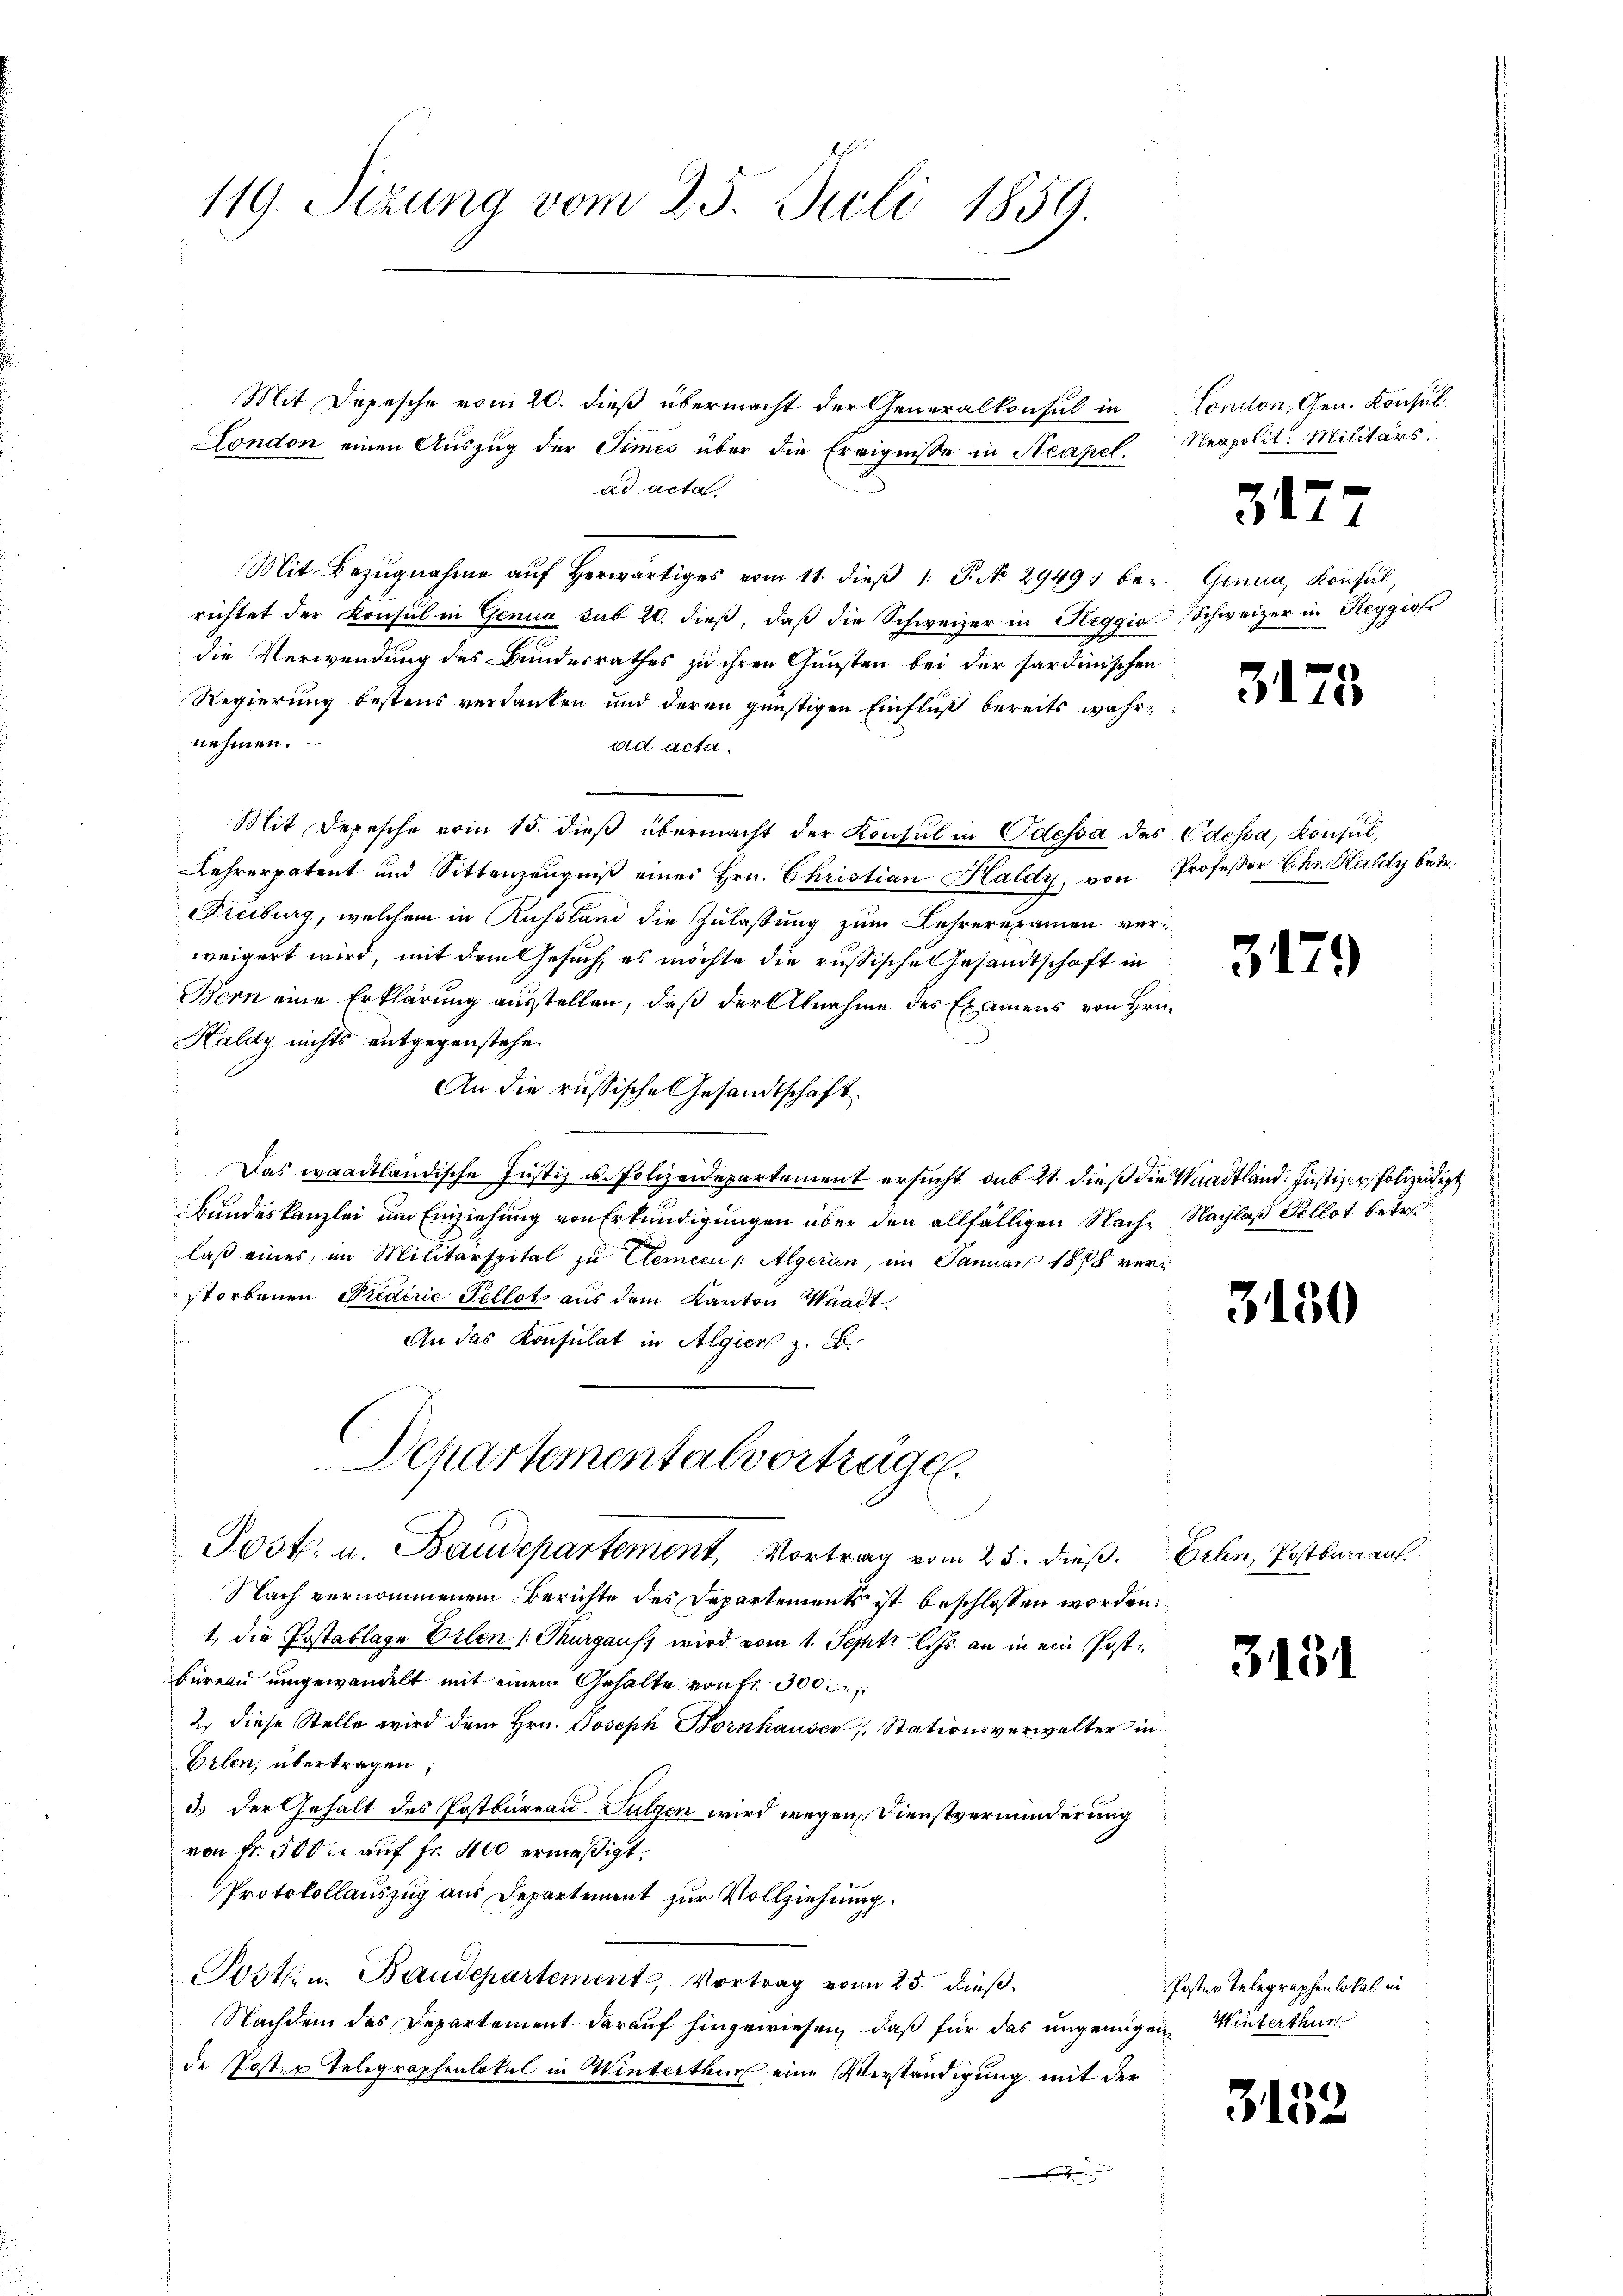
119. Sezung vom 25. Juli 1859.

Mit Depesche vom 20. dieß übermacht der Generalkonsul in
London einen Auszug der Times über die Ereignisse in Neapel.
ad acta
Mit Bezugnahme aŭf herwärtiges vom 11. dieβ 1. P. No 2949 bei. Genau, Konsul,
richtet der Konsul in Genua sub 20. dieß, daß die Schweizer in Reggio
die Verwendung des Bundesrathes zu ihren Gunsten bei der sardinischen
Regierung bestens verdanken und deren günstigen Einfluß bereits wahrnehmen.
ad acta.
Mit Depesche vom 15. dieß übermacht der Konsul in Odessa das Odessa, Konsul,
Lehrerpatent und Sittenzeugniß eines Hrn. Christian Haldy, von
reiburg, welchem in Russland die Zulaßung zum Lehrerexamen verweigert wird, mit dem Gesuch, es möchte die russische Gesandtschaft in
Bern eine Erklärung ausstellen, daß der Abnahme des Examens von Hr.
Kaldy nichts entgegenstehe.
An die russische Gesandtschaft.
Das waadtländische Justiz u. Polizeidepartement ersucht, sub 21. dieß die Waadtländ. Justizen, Polizeidigt
Bundeskanzlei um Einziehung von Erkundigungen über den allfälligen Nach Nachlaß Kellot betret
laß eines, im Militärspital zu Clemeen / Algerien, im Januar 1888 verstorbenen Predirić Pellot aus dem Kanton Waadt
An das Konsulat in Algier z. B.
Departementalvortragen.
Post. u. Baudepartemont, Vortrag vom 25. dieß.
Nach vernommenem Berichte des Departements ist beschlossen worden
1. die Postablage Erlen (Thurgaus, wird vom 1. Sept. l. Js. an in ein Postbüreau umgewandelt mit einem Gehalte von fr. 300
2. diese Stelle wird dem Hrn. Joseph Bornhauser Stationsverwalter in
Erlen, übertragen;
3.) Der Gehalt des Postbureau-Sulzen wird wegen Dienstverminderung
von fr. 500 auf Fr. 400 ermäßigt.
Protokollauszug aus Departement zur Vollziehung.
Post u. Baudepartement, Vortrag vom 25. dieß.
Nachdem das Departement darauf hingewiesen, daß für das ungenügen, Winterthur
de Poster Telegraphenlokal in Winterthur eine Verständigung mit der

London, Gen. Konsul.
Neapolit. Militärs.

.
111

317

Schweizer in Reggiose

3175

Professor Chr. Haldy betr.

3179

3150

Erlen, Postbar auf.

3131

3152

Poster Telegraphenlokal in